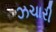
ઝચારી